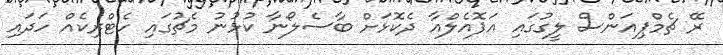
ރޭ ޗެމްޕިއަންސް ލީގުގައި އަޕޮއެލްއާ ދެކޮޅަށް ބާސެލޯނާ ކުޅުނު މެޗުގައި ހެޓްރިކެއް ހަދައި